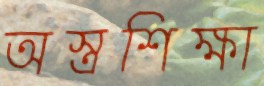
অস্ত্রশিক্ষা